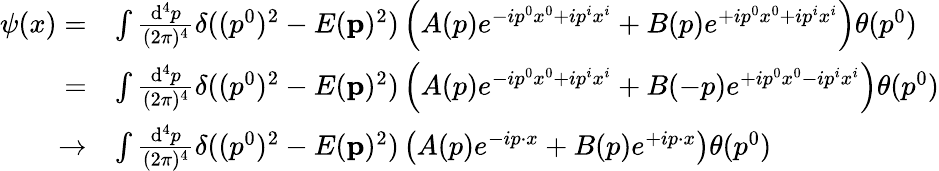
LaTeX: {\begin{array}{rl}{\psi(x)=}&{\int{\frac{\mathrm{d}^{4}p}{(2\pi)^{4}}}\delta((p^{0})^{2}-E(\mathbf{p})^{2})\left(A(p)e^{-ip^{0}x^{0}+ip^{i}x^{i}}+B(p)e^{+ip^{0}x^{0}+ip^{i}x^{i}}\right)\theta(p^{0})}\\ {=}&{\int{\frac{\mathrm{d}^{4}p}{(2\pi)^{4}}}\delta((p^{0})^{2}-E(\mathbf{p})^{2})\left(A(p)e^{-ip^{0}x^{0}+ip^{i}x^{i}}+B(-p)e^{+ip^{0}x^{0}-ip^{i}x^{i}}\right)\theta(p^{0})}\\ {\rightarrow}&{\int{\frac{\mathrm{d}^{4}p}{(2\pi)^{4}}}\delta((p^{0})^{2}-E(\mathbf{p})^{2})\left(A(p)e^{-ip\cdot x}+B(p)e^{+ip\cdot x}\right)\theta(p^{0})}\end{array}}